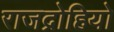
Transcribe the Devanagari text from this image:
राजद्रोहियो